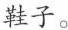
鞋子。